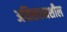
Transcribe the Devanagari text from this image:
अतिसहनशील